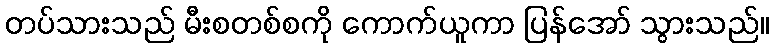
တပ်သားသည် မီးစတစ်စကို ကောက်ယူကာ ပြန်အော် သွားသည်။